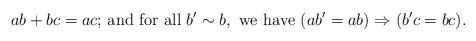
LaTeX: \begin{align*}\mbox{ $ab+bc=ac$; and for all } b'\sim b, \mbox{ we have } (ab'=ab) \Rightarrow (b'c =bc).\end{align*}